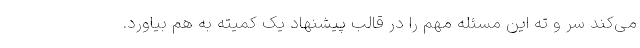
می‌کند سر و ته این مسئله مهم را در قالب پیشنهاد یک کمیته به هم بیاورد.